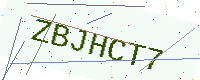
Text: ZBJHCT7